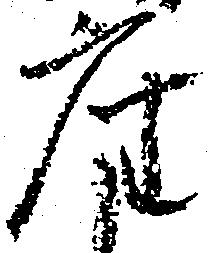
座